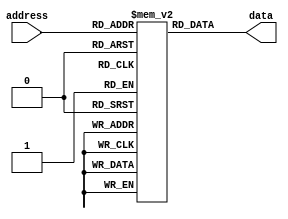
module Flash_ROM(
  input wire [7:0] address,
  output reg [7:0] data
);

// Define memory blocks
reg [7:0] memory[0:255];

// Address decoding logic
always @ (address)
begin
  data <= memory[address];
end

endmodule